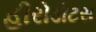
હીરોડોટસ